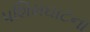
પશિમઘાટના